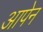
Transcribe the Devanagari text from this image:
आपेन